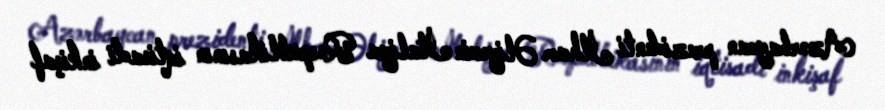
Azərbaycan prezidenti İlham Əliyevin İtaliya Respublikasının iqtisadi inkişaf